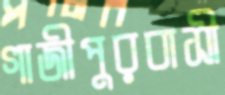
গাজীপুরবাসী